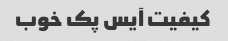
کیفیت آیس پک خوب